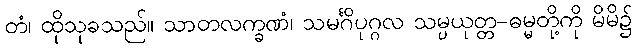
တံ၊ ထိုသုခသည်။ သာတလက္ခဏံ၊ သမင်္ဂိပုဂ္ဂလ သမ္ပယုတ္တ-ဓမ္မတို့ကို မိမိ၌